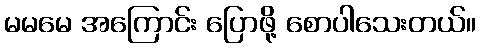
မမမေ အကြောင်း ပြောဖို့ စောပါသေးတယ်။